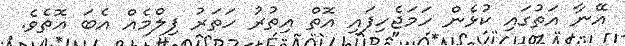
އޭނާ އަތުގައި ކުޅެން ހަމަޖެހިފައި އޮތް އިތުރު ހަތަރު ފިލްމެއް އެބަ އޮތެވެ.